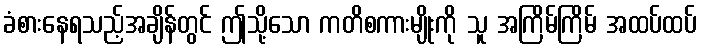
ခံစားနေရသည့်အချိန်တွင် ဤသို့သော ကတိစကားမျိုးကို သူ အကြိမ်ကြိမ် အထပ်ထပ်